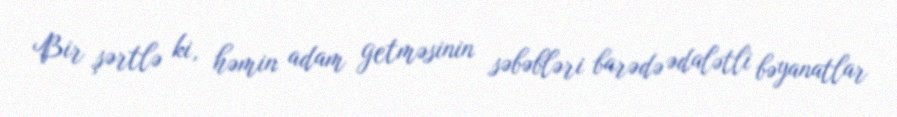
Bir şərtlə ki, həmin adam getməsinin səbəbləri barədə ədalətli bəyanatlar